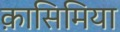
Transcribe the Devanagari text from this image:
क़ासिमिया